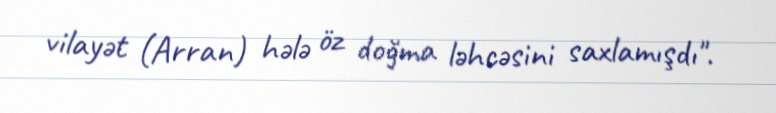
vilayət (Arran) hələ öz doğma ləhcəsini saxlamışdı".